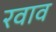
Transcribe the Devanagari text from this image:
रवाव